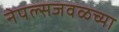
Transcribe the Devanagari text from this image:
नेपल्सजवळच्या